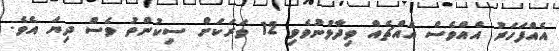
އެއްފަހަރު އެއްވެސް އެއްޗެއް ވިދާޅުނުވެވި 12 ވަރަކަށް ސިކުންތު ވެސް ދިޔަ އެވެ.